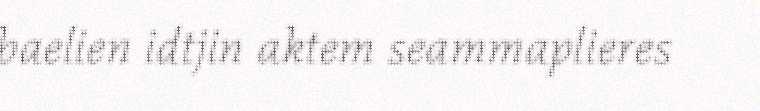
baelien idtjin aktem seammaplieres